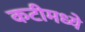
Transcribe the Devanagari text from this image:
कटीमध्ये